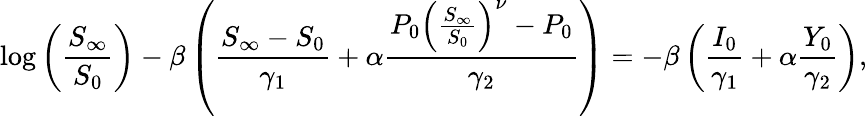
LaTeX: \log\left(\frac{S_{\infty}}{S_{0}}\right)-\beta\left(\frac{S_{\infty}-S_{0}}{\gamma_{1}}+\alpha\frac{P_{0}\left(\frac{S_{\infty}}{S_{0}}\right)^{\nu}-P_{0}}{\gamma_{2}}\right)=-\beta\left(\frac{I_{0}}{\gamma_{1}}+\alpha\frac{Y_{0}}{\gamma_{2}}\right),